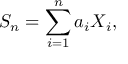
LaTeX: S _ { n } = \sum _ { i = 1 } ^ { n } a _ { i } X _ { i } , \,